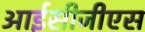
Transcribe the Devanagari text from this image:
आईसीजीएस